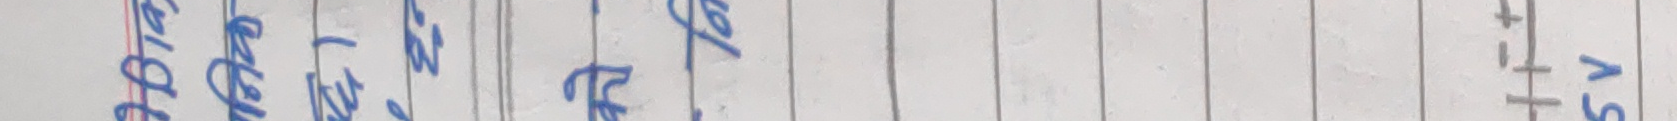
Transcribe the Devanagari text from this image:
आज अझै पनि केही छैन